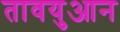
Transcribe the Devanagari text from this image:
तावयुआन